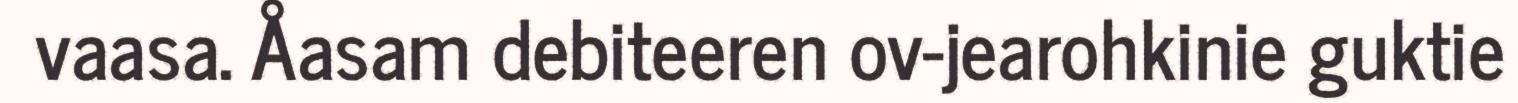
vaasa. Åasam debiteeren ov-jearohkinie guktie